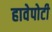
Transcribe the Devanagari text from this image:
हावेपोटी